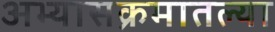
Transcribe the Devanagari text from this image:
अभ्यासक्रमातल्या